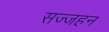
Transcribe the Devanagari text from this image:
सज्जहन